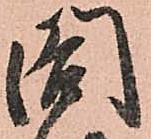
閤